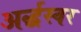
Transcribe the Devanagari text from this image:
अर्द्धस्वर